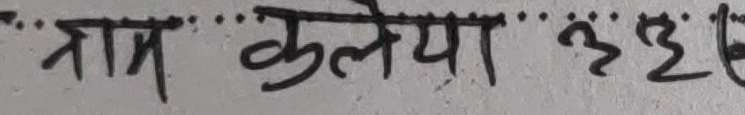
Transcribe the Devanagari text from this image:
ताम् कुलेया ३३६